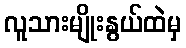
လူသားမျိုးနွယ်ထဲမှ